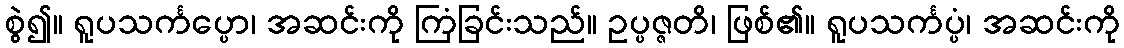
စွဲ၍။ ရူပသင်္ကပ္ပော၊ အဆင်းကို ကြံခြင်းသည်။ ဥပ္ပဇ္ဇတိ၊ ဖြစ်၏။ ရူပသင်္ကပ္ပံ၊ အဆင်းကို